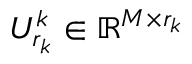
U _ { r _ { k } } ^ { k } \in \mathbb { R } ^ { M \times { r _ { k } } }